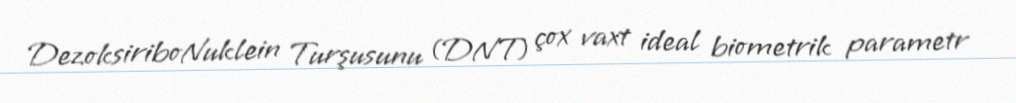
DezoksiriboNuklein Turşusunu (DNT) çox vaxt ideal biometrik parametr